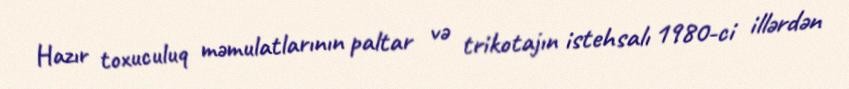
Hazır toxuculuq məmulatlarının paltar və trikotajın istehsalı 1980-ci illərdən